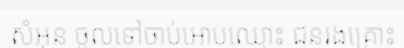
សំអុន ចូលទៅចាប់អោបឈ្មោះ ជនរងគ្រោះ